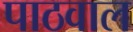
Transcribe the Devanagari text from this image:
पाठवाल